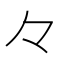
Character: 𠚤